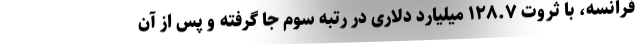
فرانسه، با ثروت ۱۲۸.۷ میلیارد دلاری در رتبه سوم جا گرفته و پس از آن